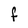
Character: F